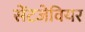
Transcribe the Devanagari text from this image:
सेंटजेवियर